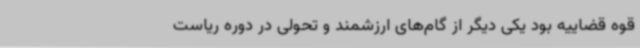
قوه قضاییه بود یکی دیگر از گام‌های ارزشمند و تحولی در دوره ریاست